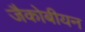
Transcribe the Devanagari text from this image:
जैकोबीयन